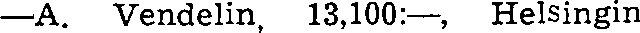
—A. Vendelin, 13,100:—, Helsingin